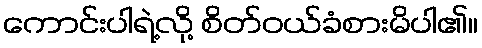
ကောင်းပါရဲ့လို့ စိတ်ဝယ်ခံစားမိပါ၏။